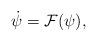
LaTeX: \begin{align*} \dot{\psi} = \mathcal{F}(\psi),\end{align*}